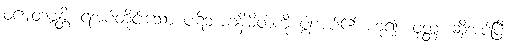
ဝဍ္ဎေတဗ္ဗန္တိ၊ ရအပ်တိုင်းသော ပဋိဘာဂနိမိတ်ကို ပွါးအပ်၏ ဟူ၍။ ဝုတ္တံ၊ ဆိုအပ်ပြီ။